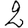
Digit: 2